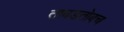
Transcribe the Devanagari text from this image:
ताबडतोबच